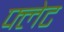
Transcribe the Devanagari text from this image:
फ्लेट